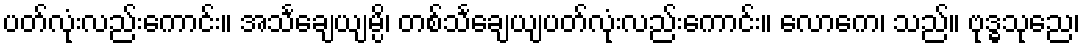
ပတ်လုံးလည်းကောင်း။ အသင်္ချေယျမ္ပိ၊ တစ်သင်္ချေယျပတ်လုံးလည်းကောင်း။ လောကေ၊ သည်။ ဗုဒ္ဓသုညေ၊